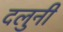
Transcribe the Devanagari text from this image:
दलुनी